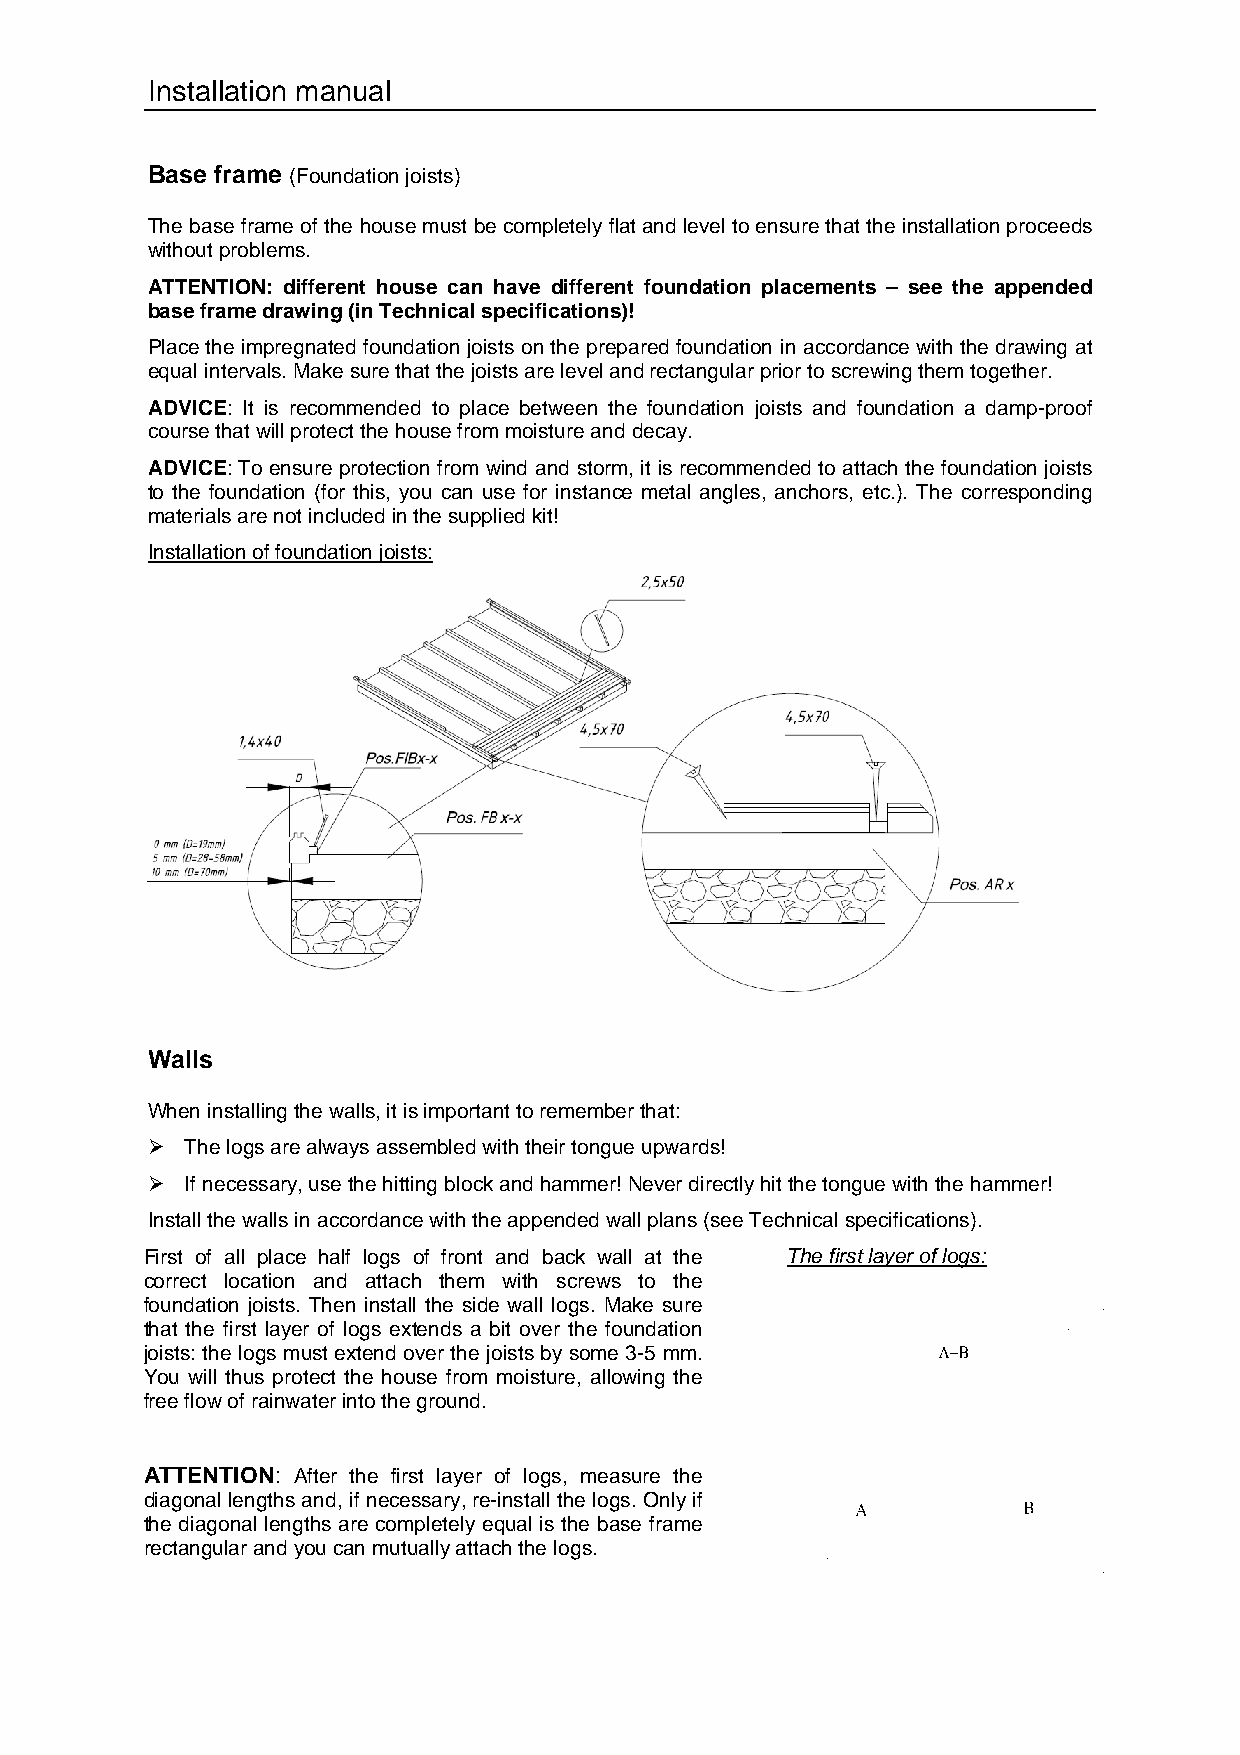
Installation manual
 Base frame (Foundation joists)
 The base frame of the house must be completely flat and level to ensure that the installation proceeds
 without problems.
 ATTENTION: different house can have different foundation placements – see the appended
 base frame drawing (in Technical specifications)!
 Place the impregnated foundation joists on the prepared foundation in accordance with the drawing at
 equal intervals. Make sure that the joists are level and rectangular prior to screwing them together.
 ADVICE: It is recommended to place between the foundation joists and foundation a damp-proof
 course that will protect the house from moisture and decay.
 ADVICE: To ensure protection from wind and storm, it is recommended to attach the foundation joists
 to the foundation (for this, you can use for instance metal angles, anchors, etc.). The corresponding
 materials are not included in the supplied kit!
 Installation of foundation joists:
 Walls
 When installing the walls, it is important to remember that:
  The logs are always assembled with their tongue upwards!
  If necessary, use the hitting block and hammer! Never directly hit the tongue with the hammer!
 Install the walls in accordance with the appended wall plans (see Technical specifications).
 First of all place half logs of front and back wall at the The first layer of logs:
 correct location and attach them with screws to the
 foundation joists. Then install the side wall logs. Make sure
 that the first layer of logs extends a bit over the foundation
 joists: the logs must extend over the joists by some 3-5 mm.
 You will thus protect the house from moisture, allowing the
 free flow of rainwater into the ground.
 ATTENTION: After the first layer of logs, measure the
 diagonal lengths and, if necessary, re-install the logs. Only if
 the diagonal lengths are completely equal is the base frame
 rectangular and you can mutually attach the logs.